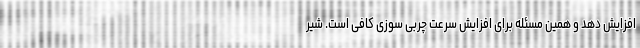
افزایش دهد و همین مسئله برای افزایش سرعت چربی سوزی کافی است. شیر